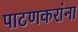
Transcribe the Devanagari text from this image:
पाटणकरांना